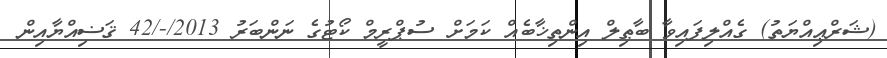
(ޝަރްޢިއްޔަތު) ގެއްލިފައިވާ ބާޠިލް އިންތިޚާބެއް ކަމަށް ސުޕްރީމް ކޯޓުގެ ނަންބަރު 2013/-/42 ޤަޟިއްޔާއިން